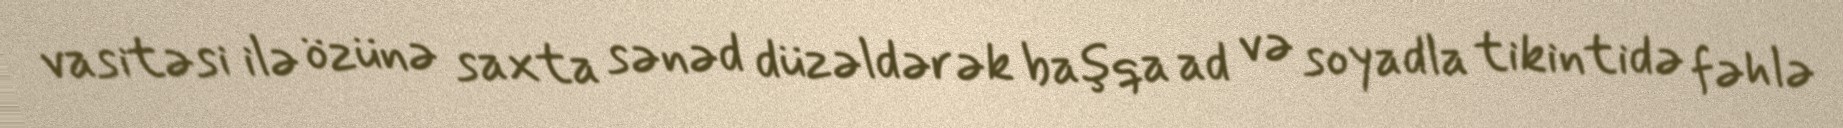
vasitəsi ilə özünə saxta sənəd düzəldərək başqa ad və soyadla tikintidə fəhlə